Report of cholera committee
Disease focus: Cholera
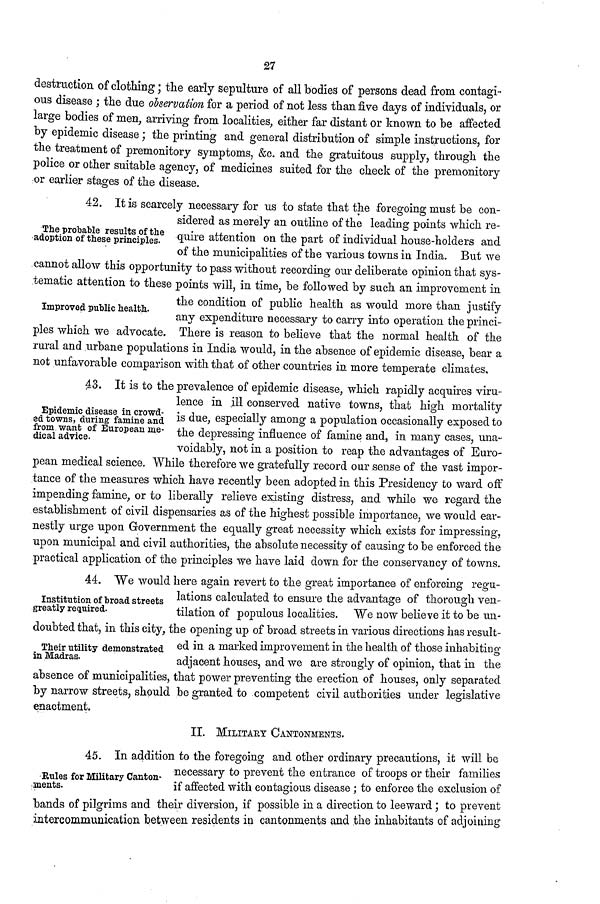
27
destruction of clothing; the early sepulture of all bodies of persons dead from contagi-
ous disease ; the due observation for a period of not less than five days of individuals, or
large bodies of men, arriving from localities, either far distant or known to be affected
by epidemic disease; the printing and general distribution of simple instructions, for
the treatment of premonitory symptoms, &c. and the gratuitous supply, through the
police or other suitable agency, of medicines suited for the check of the premonitory
or earlier stages of the disease.
The probable results of the
adoption of these principles.
Improved public health.
42. It is scarcely necessary for us to state that the foregoing must be con-
sidered as merely an outline of the leading points which re-
quire attention on the part of individual house-holders and
of the municipalities of the various towns in India. But we
cannot allow this opportunity to pass without recording our deliberate opinion that sys-
tematic attention to these points will, in time, be followed by such an improvement in
the condition of public health as would more than justify
any expenditure necessary to carry into operation the princi-
ples which we advocate. There is reason to believe that the normal health of the
rural and urbane populations in India would, in the absence of epidemic disease, bear a
not unfavorable comparison with that of other countries in more temperate climates,
Epidemic disease in crowd-
ed towns, during famine and
from want of European me-
dical advice.
43. It is to the prevalence of epidemic disease, which rapidly acquires viru-
lence in ill conserved native towns, that high mortality
is due, especially among a population occasionally exposed to
the depressing influence of famine and, in many cases, una-
voidably, not in a position to reap the advantages of Euro-
pean medical science. While therefore we gratefully record our sense of the vast impor-
tance of the measures which have recently been adopted in this Presidency to ward off
impending famine, or to liberally relieve existing distress, and while we regard the
establishment of civil dispensaries as of the highest possible importance, we would ear-
nestly urge upon Government the equally great necessity which exists for impressing,
upon municipal and civil authorities, the absolute necessity of causing to be enforced the
practical application of the principles we have laid down for the conservancy of towns.
Institution of broad streets
greatly required.
Their utility demonstrated
in Madras.
44. We would here again revert to the great importance of enforcing regu-
lations calculated to ensure the advantage of thorough ven-
tilation of populous localities. We now believe it to be un-
doubted that, in this city, the opening up of broad streets in various directions has result-
ed in a marked improvement in the health of those inhabiting
adjacent houses, and we are strongly of opinion, that in the
absence of municipalities, that power preventing the erection of houses, only separated
by narrow streets, should be granted to competent civil authorities under legislative
enactment.
II. MILITARY CANTONMENTS.
Rules for Military Canton-
ments.
45. In addition to the foregoing and other ordinary precautions, it will be
•necessary to prevent the entrance of troops or their families
if affected with contagious disease ; to enforce the exclusion of
bands of pilgrims and their diversion, if possible in a direction to leeward; to prevent
intercommunication between residents in cantonments and the inhabitants of adjoining